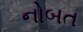
નોબત